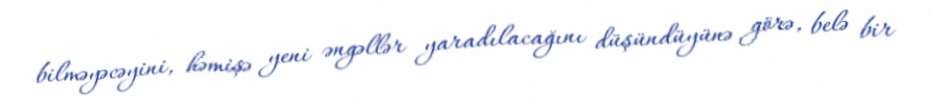
bilməyəcəyini, həmişə yeni əngəllər yaradılacağını düşündüyünə görə, belə bir